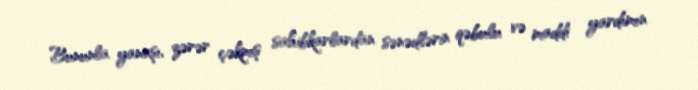
Bununla yanaşı, zərər çəkmış sahibkarlardan sənədlərin qəbulu və maddi yardımın